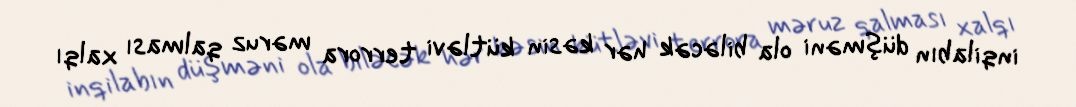
inqilabın düşməni ola biləcək hər kəsin kütləvi terrora məruz qalması xalqı